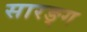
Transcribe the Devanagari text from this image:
सारङ्ग